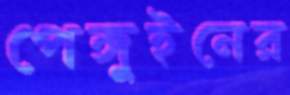
পেঙ্গুইনের